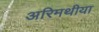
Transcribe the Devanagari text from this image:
अरिमथीया